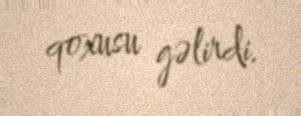
qoxusu gəlirdi.